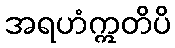
အရဟံဣတိပိ